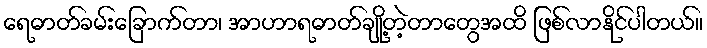
ရေဓာတ်ခမ်းခြောက်တာ၊ အာဟာရဓာတ်ချို့တဲ့တာတွေအထိ ဖြစ်လာနိုင်ပါတယ်။